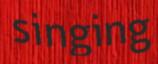
singing